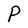
Character: P